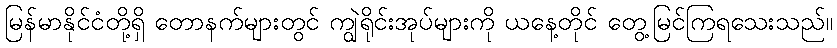
မြန်မာနိုင်ငံတို့ရှိ တောနက်များတွင် ကျွဲရိုင်းအုပ်များကို ယနေ့တိုင် တွေ့မြင်ကြရသေးသည်။